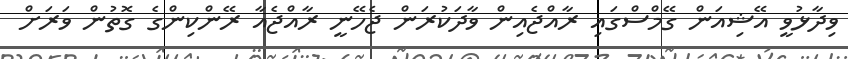
ވިދާޅުވީ އޭޝިއަން ގޭމްސްގައި ރާއްޖެއިން ވާދަކުރަން ޖެހޭނީ ރާއްޖެއާ ރޭންކިންގެ ގޮތުން ވަރަށް